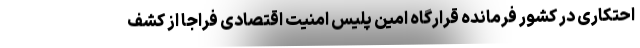
احتکاری در کشور فرمانده قرارگاه امین پلیس امنیت اقتصادی فراجا از کشف